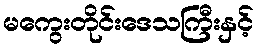
မကွေးတိုင်းဒေသကြီးနှင့်